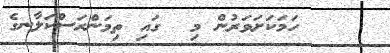
ހަމަކަށަވަރުން މި  ގައި ތިމަންރަސްކަލާނގެ